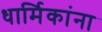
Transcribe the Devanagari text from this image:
धार्मिकांना